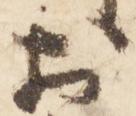
於